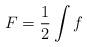
LaTeX: \begin{align*}F=\frac{1}{2}\int f\end{align*}